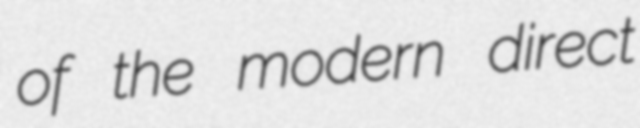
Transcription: of the modern direct